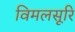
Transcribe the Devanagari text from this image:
विमलसूरि